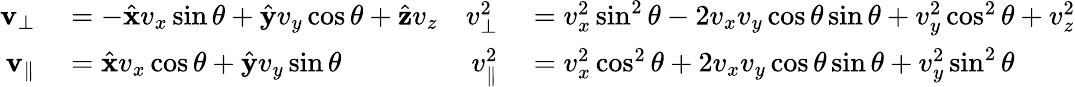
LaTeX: \begin{array}{rlrl}{\mathbf{v}_{\perp}}&{{}=-\hat{\mathbf{x}}v_{x}\sin\theta+\hat{\mathbf{y}}v_{y}\cos\theta+\hat{\mathbf{z}}v_{z}}&{v_{\perp}^{2}}&{{}=v_{x}^{2}\sin^{2}\theta-2v_{x}v_{y}\cos\theta\sin\theta+v_{y}^{2}\cos^{2}\theta+v_{z}^{2}}\\ {\mathbf{v}_{\| }}&{{}=\hat{\mathbf{x}}v_{x}\cos\theta+\hat{\mathbf{y}}v_{y}\sin\theta}&{v_{\| }^{2}}&{{}=v_{x}^{2}\cos^{2}\theta+2v_{x}v_{y}\cos\theta\sin\theta+v_{y}^{2}\sin^{2}\theta}\end{array}